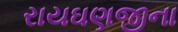
રાયઘણજીના